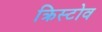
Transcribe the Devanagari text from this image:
क्रिस्टोव